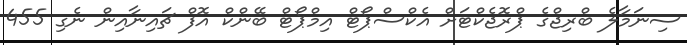
ސިނަމާލެ ބްރިޖްގެ ޕްރޮޖެކްޓަށް އެކްސްޕޯޓް އިމްޕޯޓް ބޭންކް އޮފް ޗައިނާއިން ނެގި 455